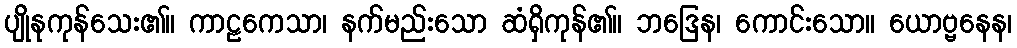
ပျိုနုကုန်သေး၏။ ကာဠကေသာ၊ နက်မည်းသော ဆံရှိကုန်၏။ ဘဒြေန၊ ကောင်းသော။ ယောဗ္ဗနေန၊